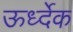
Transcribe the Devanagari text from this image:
ऊर्ध्देक